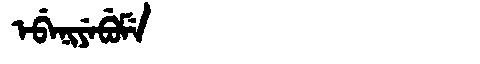
Manchu: ᡝᠪᡝᠨᡳᠶᡝᠪᡠᠮᡝ
Romanization: EBENIYEBUME